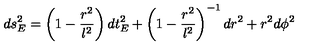
d s _ { E } ^ { 2 } = \left( 1 - \frac { r ^ { 2 } } { l ^ { 2 } } \right) d t _ { E } ^ { 2 } + \left( 1 - \frac { r ^ { 2 } } { l ^ { 2 } } \right) ^ { - 1 } d r ^ { 2 } + r ^ { 2 } d \phi ^ { 2 }